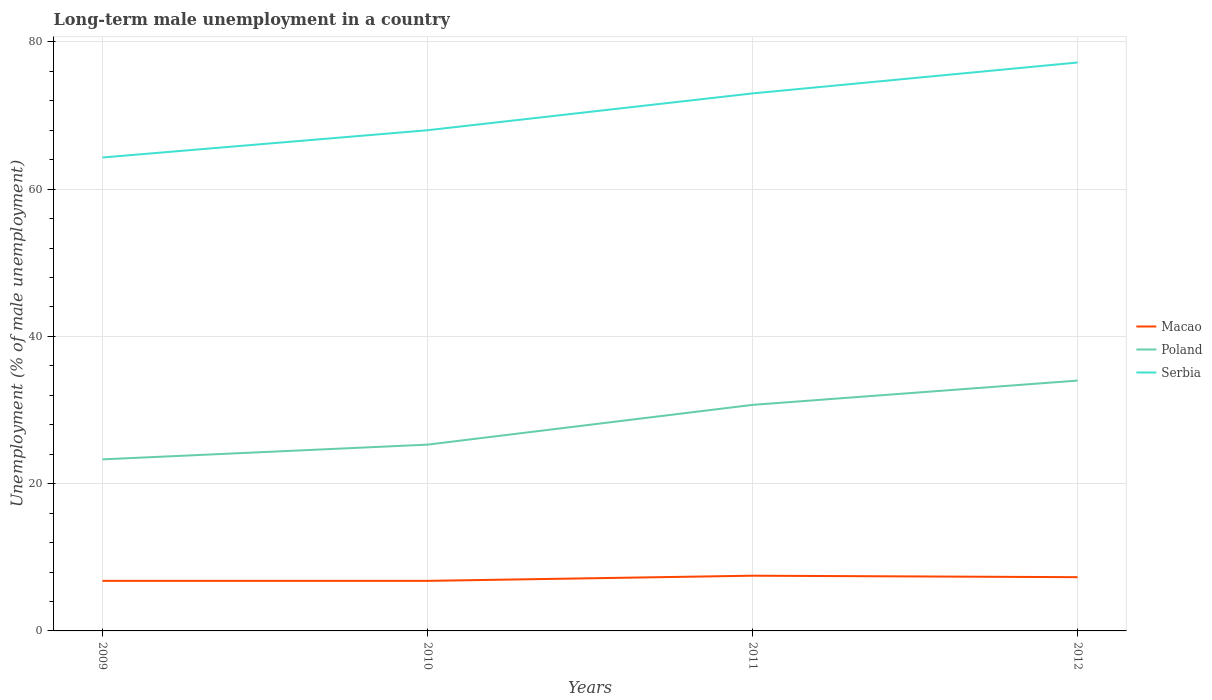
| Years | Macao | Poland | Serbia |
 | --- | --- | --- | --- |
 | 2009 | 6.8 | 23.3 | 64.3 |
 | 2010 | 6.8 | 25.3 | 68 |
 | 2011 | 7.5 | 30.7 | 73 |
 | 2012 | 7.3 | 34 | 77.2 |